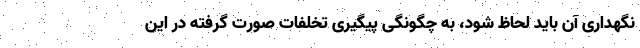
نگهداری آن باید لحاظ شود، به چگونگی پیگیری تخلفات صورت گرفته در این